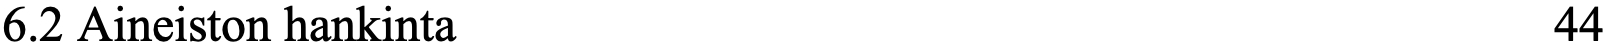
6.2 Aineiston hankinta                              44